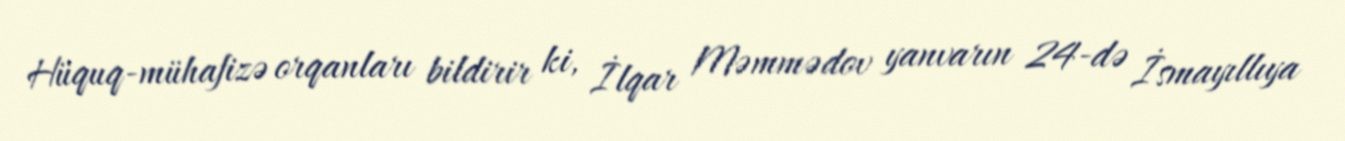
Hüquq-mühafizə orqanları bildirir ki, İlqar Məmmədov yanvarın 24-də İsmayıllıya